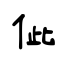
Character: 佌